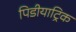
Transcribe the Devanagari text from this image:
पिडीयाट्रिक